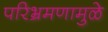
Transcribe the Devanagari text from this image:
परिभ्रमणामुळे